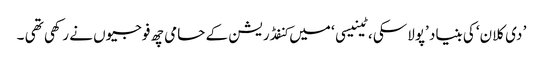
’ دی کلان‘ کی بنیاد ’پولاسکی ، ٹینیسی ‘ میں کنفڈریشن کے حامی چھ فوجیوں نے رکھی تھی ۔